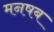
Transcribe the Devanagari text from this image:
मनषब